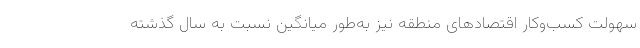
سهولت کسب‌وکار اقتصادهای منطقه نیز به‌طور میانگین نسبت به سال گذشته